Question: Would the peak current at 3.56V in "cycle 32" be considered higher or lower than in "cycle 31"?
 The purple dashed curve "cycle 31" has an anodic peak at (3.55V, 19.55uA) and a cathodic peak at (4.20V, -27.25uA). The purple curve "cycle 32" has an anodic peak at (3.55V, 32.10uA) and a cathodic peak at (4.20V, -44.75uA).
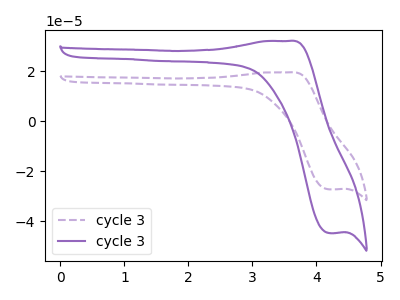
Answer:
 <answer>The peak at 3.56V is higher in "cycle 32" than in "cycle 31".</answer>
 <eval>higher</eval>